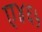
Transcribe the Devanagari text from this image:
ए४६५